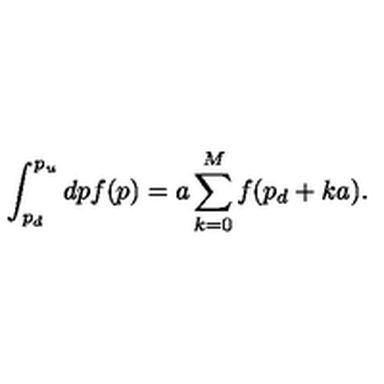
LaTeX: \int _ { p _ { d } } ^ { p _ { u } } d p f ( p ) = a \sum _ { k = 0 } ^ { M } f ( p _ { d } + k a ) .